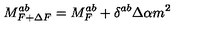
M _ { F + \Delta F } ^ { a b } = M _ { F } ^ { a b } + \delta ^ { a b } \Delta \alpha m ^ { 2 }